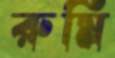
রুমি